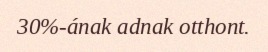
30%-ának adnak otthont.